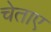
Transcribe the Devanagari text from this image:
चेताए